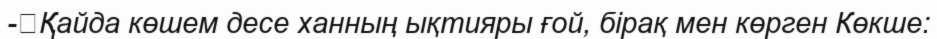
-	Қайда көшем десе ханның ықтияры ғой, бірақ мен көрген Көкше: